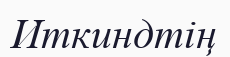
Иткиндтің